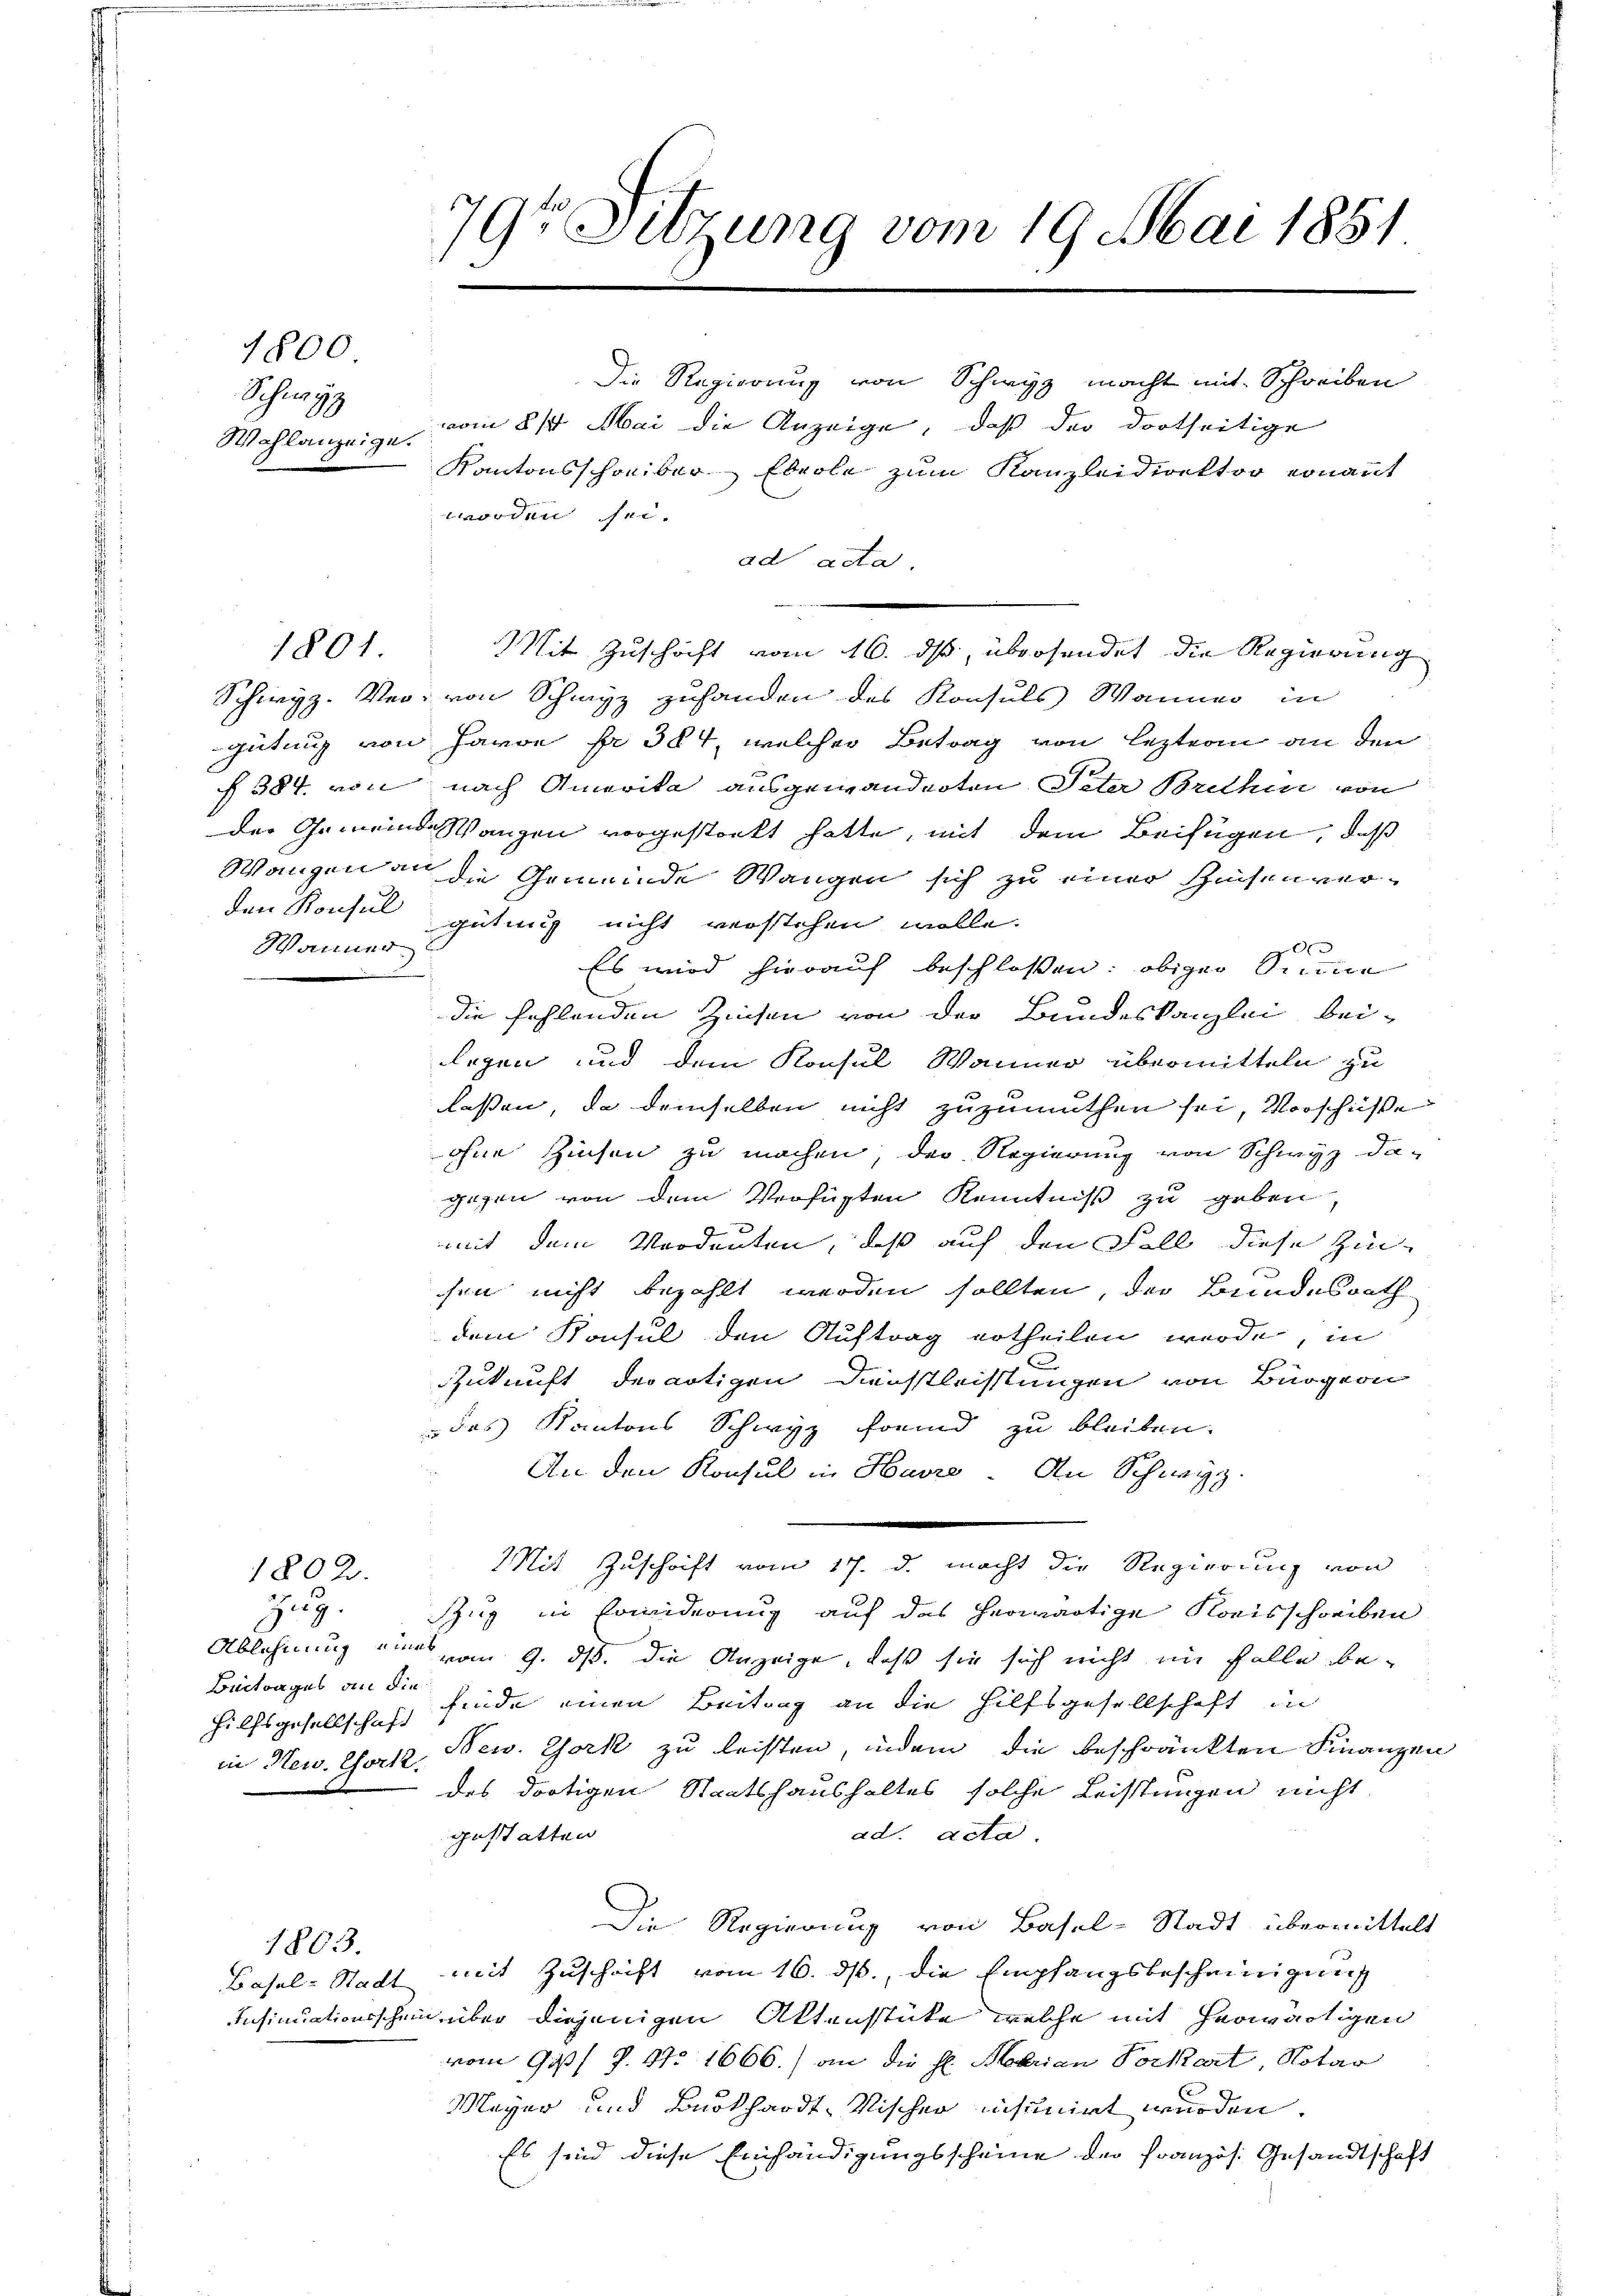
1800

Schwyz
Wahlanzeige.

1801.

Wanner

79te Sitzung vom 19. Mai 1881

Die Regierung von Schwyz macht mit Schreiben
vom 21. Mai die Anzeige, daß der dortseitige
Kantonsschreiber Ebeole zum Kanzleidirektor ernant
worden sei.
ad acta
Mit Zuschrift vom 16. ds, übersendet die Regierung
Schwyz. Ver, von Schwyz zuhanden des Konsuls Wanner in
gütung von Havon pr 384, welcher Betrag von lezteren an den
§ 384. von nach Amerika ausgewanderten Peter Brithin von
der Gemeinde Wangen vorgestrett hatte, mit dem Beifügen, daß
Wangen die Gemeinde Wangen sich zu einer Zinsenverden Konsul gütung nicht verstehen wolle.
0
Es wird hierauf beschlossen: obiger Sinne
die fehlenden Zinsen von der Bundeskanzlei bei-
Legen und dem Konsul Wanner übermitteln zu
lassen, da demselben nicht zuzumuthen sei, Vorschüße
ohne Zinsen zu machen, der Regierung von Schwyz da-
gegen von dem Verfügten Kenntniß zu geben,
mit dem Verdeuten, daß auf den Fall diese Zin¬
.
sen nicht bezahlt werden sollten, der Bundesrath
dem Konsul den Auftrag ertheilen wurde, in
Zukunft der nötigen Dienstleistungen von Bürgern
 des Kantons Schwyz fremd zu bleiben.
An den Konsul in Havre. An Schweiz.
Mit Zuschrift vom 17. d. macht die Regierung von
1802.
zug.
Zug in Erwiderung auf das herwärtige Kreisschreiben
Ablehnung ein vom 9. ds. die Anzeige, daß sie sich nicht im Falle be¬
Beitrages an die finde einen Beitrag an die Hilfsgesellschaft in
Hilfsgesellschaft
in New. Choriz New York zu leisten, indem die beschränkten Finanzen
des dortigen Staatshaushaltes solche Leistungen nicht
gestatten.
ad acta.
Die Regierung von Basel-Stadt übermittelt
1803.
mit Zuschrift vom 16. ds., die Empfangsbescheinigung
Basel-Stadt
Insinuationsschein über diejenigen Aktenstüke welche mit herwärtigen
vom 997 J. 17. 1666.) an die H. Marian Vorkart, Notar
Mager und Burkhardt-Vischer insunirt wurden.
Es sind diese Einhändigungsscheine der Französ. Gesandtschaft